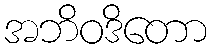
အဘိဝဒိတော